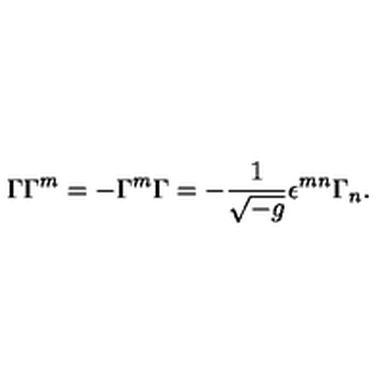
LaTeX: \Gamma \Gamma ^ { m } = - \Gamma ^ { m } \Gamma = - \frac { 1 } { \sqrt { - g } } \epsilon ^ { m n } \Gamma _ { n } .